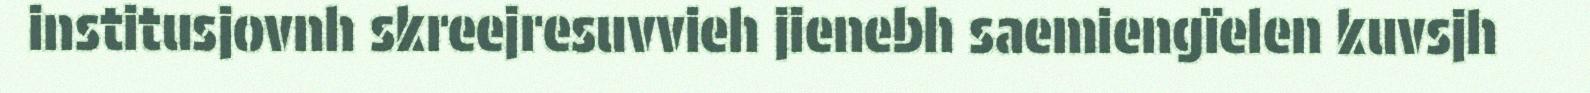
institusjovnh skreejresuvvieh jienebh saemiengïelen kuvsjh